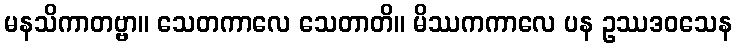
မနသိကာတဗ္ဗာ။ သေတကာလေ သေတာတိ။ မိဿကကာလေ ပန ဥဿဒဝသေန